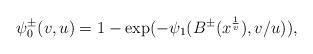
LaTeX: \begin{align*}\psi_0^\pm (v, u)=1-\exp(-\psi_1(B^\pm (x^\frac{1}{v}), v/u)),\end{align*}